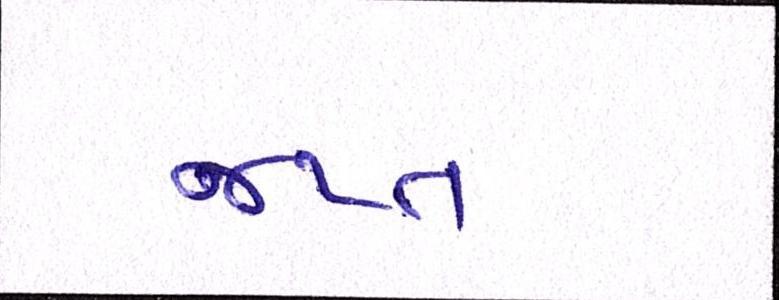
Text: જપ્ત